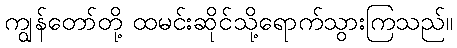
ကျွန်တော်တို့ ထမင်းဆိုင်သို့ရောက်သွားကြသည်။